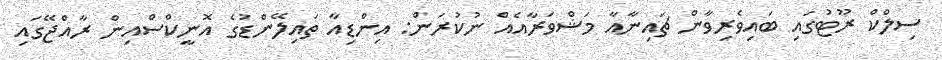
ސިލްކް ރޫޓުގައި ބައިވެރިވާން ޗައިނާއާ މަޝްވަރާއެއް ނުކުރަން: އިންޑިއާ ތައިލޭންޑުގެ އޮނީކްސްއިން ރާއްޖޭގައި